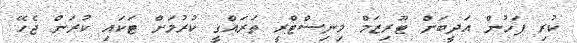
ކުރި ފަހުން އަދީބަށް ޓޫރިޒަމް މިނިސްޓްރީ ތަރައްގީ ކުރުމަށް ޓަކައި ކުރަން ޖެހޭ